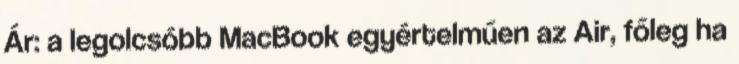
Ár: a legolcsóbb MacBook egyértelműen az Air, főleg ha